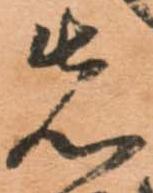
先